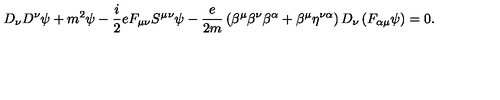
D _ { \nu } D ^ { \nu } \psi + m ^ { 2 } \psi - \frac { i } { 2 } e F _ { \mu \nu } S ^ { \mu } { } ^ { \nu } \psi - \frac { e } { 2 m } \left( \beta ^ { \mu } \beta ^ { \nu } \beta ^ { \alpha } + \beta ^ { \mu } \eta ^ { \nu \alpha } \right) D _ { \nu } \left( F _ { \alpha \mu } \psi \right) = 0 .